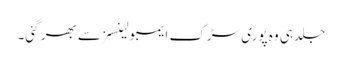
جلد ہی وہ پوری سڑک ایمبولینسز سے بھر گئی۔